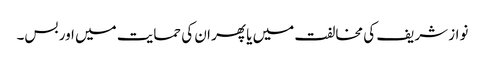
نواز شریف کی مخالفت میں یا پھر ان کی حمایت میں اور بس۔